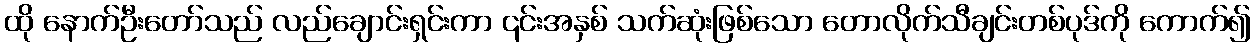
ထို နောက်ဦးတော်သည် လည်ချောင်းရှင်းကာ ၎င်းအနှစ် သက်ဆုံးဖြစ်သော တောလိုက်သီချင်းတစ်ပုဒ်ကို ကောက်၍